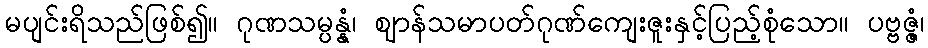
မပျင်းရိသည်ဖြစ်၍။ ဂုဏသမ္ပန္နံ၊ ဈာန်သမာပတ်ဂုဏ်ကျေးဇူးနှင့်ပြည့်စုံသော။ ပဗ္ဗဇ္ဇံ၊